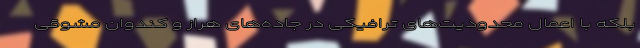
بلکه با اعمال محدودیت‌های ترافیکی در جاده‌های هراز و کندوان مشوقی